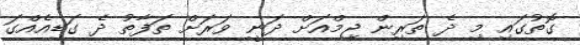
ގޮތުގައި މި ދެ ތަރިން ޖިމްއަށް ދަނީ ވަރަށް ތަފާތު ދެ ގަޑިއެއްގަ